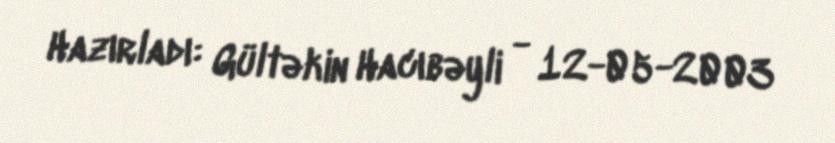
Hazırladı: Gültəkin Hacıbəyli - 12-05-2003